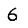
Digit: 6